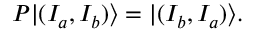
P | ( I _ { a } , I _ { b } ) \rangle = | ( I _ { b } , I _ { a } ) \rangle .